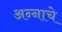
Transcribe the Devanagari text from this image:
अन्‍नाचे